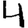
Digit: 4